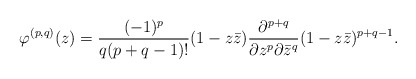
\begin{align*}\varphi^{(p,q)}(z)=\frac{(-1)^p}{q(p+q-1)!}(1-z\bar{z})\frac{\partial^{p+q}}{\partial z^p\partial \bar{z}^q}(1-z\bar{z})^{p+q-1}. \end{align*}